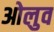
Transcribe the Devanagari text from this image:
ओलुव